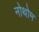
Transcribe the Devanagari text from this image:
नोथोम